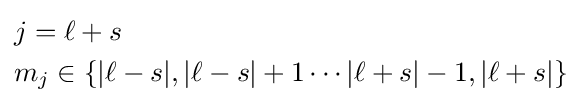
{\begin{aligned}&j=\ell +s\\&m_{j}\in \{|\ell -s|,|\ell -s|+1\cdots |\ell +s|-1,|\ell +s|\}\\\end{aligned}}\,\!